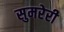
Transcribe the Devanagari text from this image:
सुमरेरी